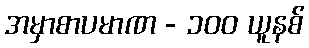
အမှာစာပမာဏ - ၁၀၀ ယူနစ်